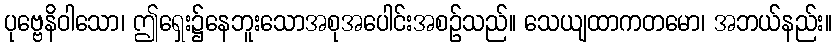
ပုဗ္ဗေနိဝါသော၊ ဤရှေး၌နေဘူးသောအစုအပေါင်းအစဉ်သည်။ သေယျထာကတမော၊ အဘယ်နည်း။